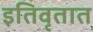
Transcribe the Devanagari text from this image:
इतिवृतात